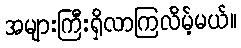
အများကြီးရှိလာကြလိမ့်မယ်။